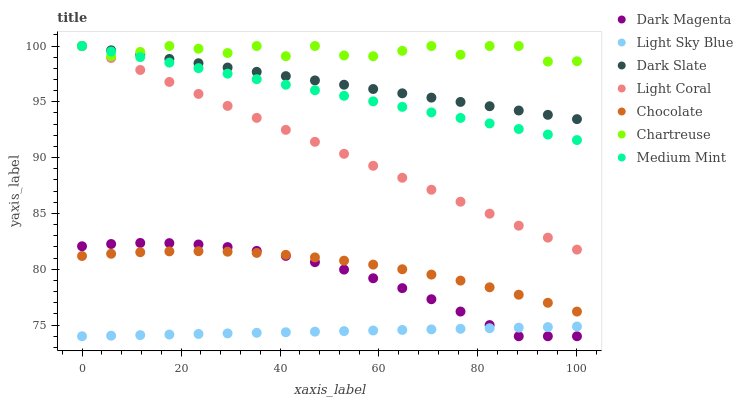
| xaxis_label | Dark Magenta | Light Sky Blue | Dark Slate | Light Coral | Chocolate | Chartreuse | Medium Mint |
 | --- | --- | --- | --- | --- | --- | --- | --- |
 | 0 | 82.1 | 74 | 100 | 100 | 81.2 | 100 | 100 |
 | 5.88 | 82.3 | 74.1 | 99.6 | 98.9 | 81.4 | 99.1 | 99.5 |
 | 11.8 | 82.4 | 74.1 | 99.2 | 97.9 | 81.5 | 99.5 | 99 |
 | 17.6 | 82.3 | 74.2 | 98.8 | 96.8 | 81.6 | 100 | 98.5 |
 | 23.5 | 82.2 | 74.2 | 98.5 | 95.7 | 81.6 | 99.8 | 98 |
 | 29.4 | 82 | 74.3 | 98.1 | 94.6 | 81.6 | 99.4 | 97.5 |
 | 35.3 | 81.6 | 74.3 | 97.7 | 93.6 | 81.5 | 100 | 97 |
 | 41.2 | 81.2 | 74.4 | 97.3 | 92.5 | 81.3 | 99.1 | 96.5 |
 | 47.1 | 80.6 | 74.4 | 96.9 | 91.4 | 81.1 | 100 | 96 |
 | 52.9 | 80 | 74.5 | 96.5 | 90.3 | 80.8 | 99.2 | 95.5 |
 | 58.8 | 79.2 | 74.5 | 96.1 | 89.3 | 80.4 | 99.1 | 95 |
 | 64.7 | 78.3 | 74.6 | 95.8 | 88.2 | 80 | 99.6 | 94.5 |
 | 70.6 | 77.3 | 74.6 | 95.4 | 87.1 | 79.5 | 100 | 94.1 |
 | 76.5 | 76.2 | 74.7 | 95 | 86.1 | 79 | 99.2 | 93.6 |
 | 82.4 | 75 | 74.7 | 94.6 | 85 | 78.4 | 100 | 93.1 |
 | 88.2 | 74 | 74.8 | 94.2 | 83.9 | 77.7 | 100 | 92.6 |
 | 94.1 | 74 | 74.8 | 93.8 | 82.8 | 77 | 98.6 | 92.1 |
 | 100 | 74 | 74.9 | 93.5 | 81.8 | 76.2 | 98.6 | 91.6 |